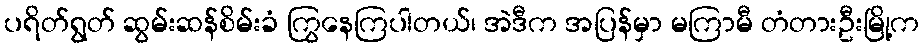
ပရိတ်ရွတ် ဆွမ်းဆန်စိမ်းခံ ကြွနေကြပါတယ်၊ အဲဒီက အပြန်မှာ မကြာမီ တံတားဦးမြို့က